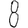
Digit: 8